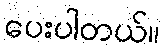
ပေးပါတယ်။